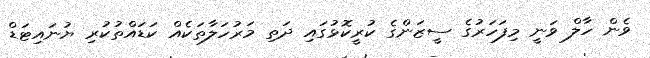
ވެން ހާލް ވަނީ މިފަހަރުގެ ސީޒަންގެ ކުރީކޮޅުގައި ދަތި މަރުހަލާތަކެއް ކަޑައްތުކުރި ޔުނައިޓަޑް